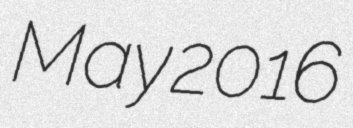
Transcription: May 2016